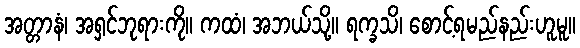
အတ္တာနံ၊ အရှင်ဘုရားကို။ ကထံ၊ အဘယ်သို့။ ရက္ခသိ၊ စောင့်ရမည်နည်းဟူမူ။